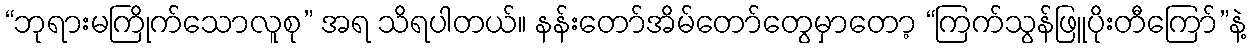
“ဘုရားမကြိုက်သောလူစု” အရ သိရပါတယ်။ နန်းတော်အိမ်တော်တွေမှာတော့ “ကြက်သွန်ဖြူပိုးတီကြော်”နဲ့